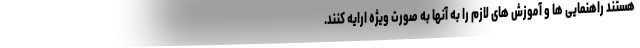
هستند راهنمایی ها و آموزش های لازم را به آنها به صورت ویژه ارایه کنند.